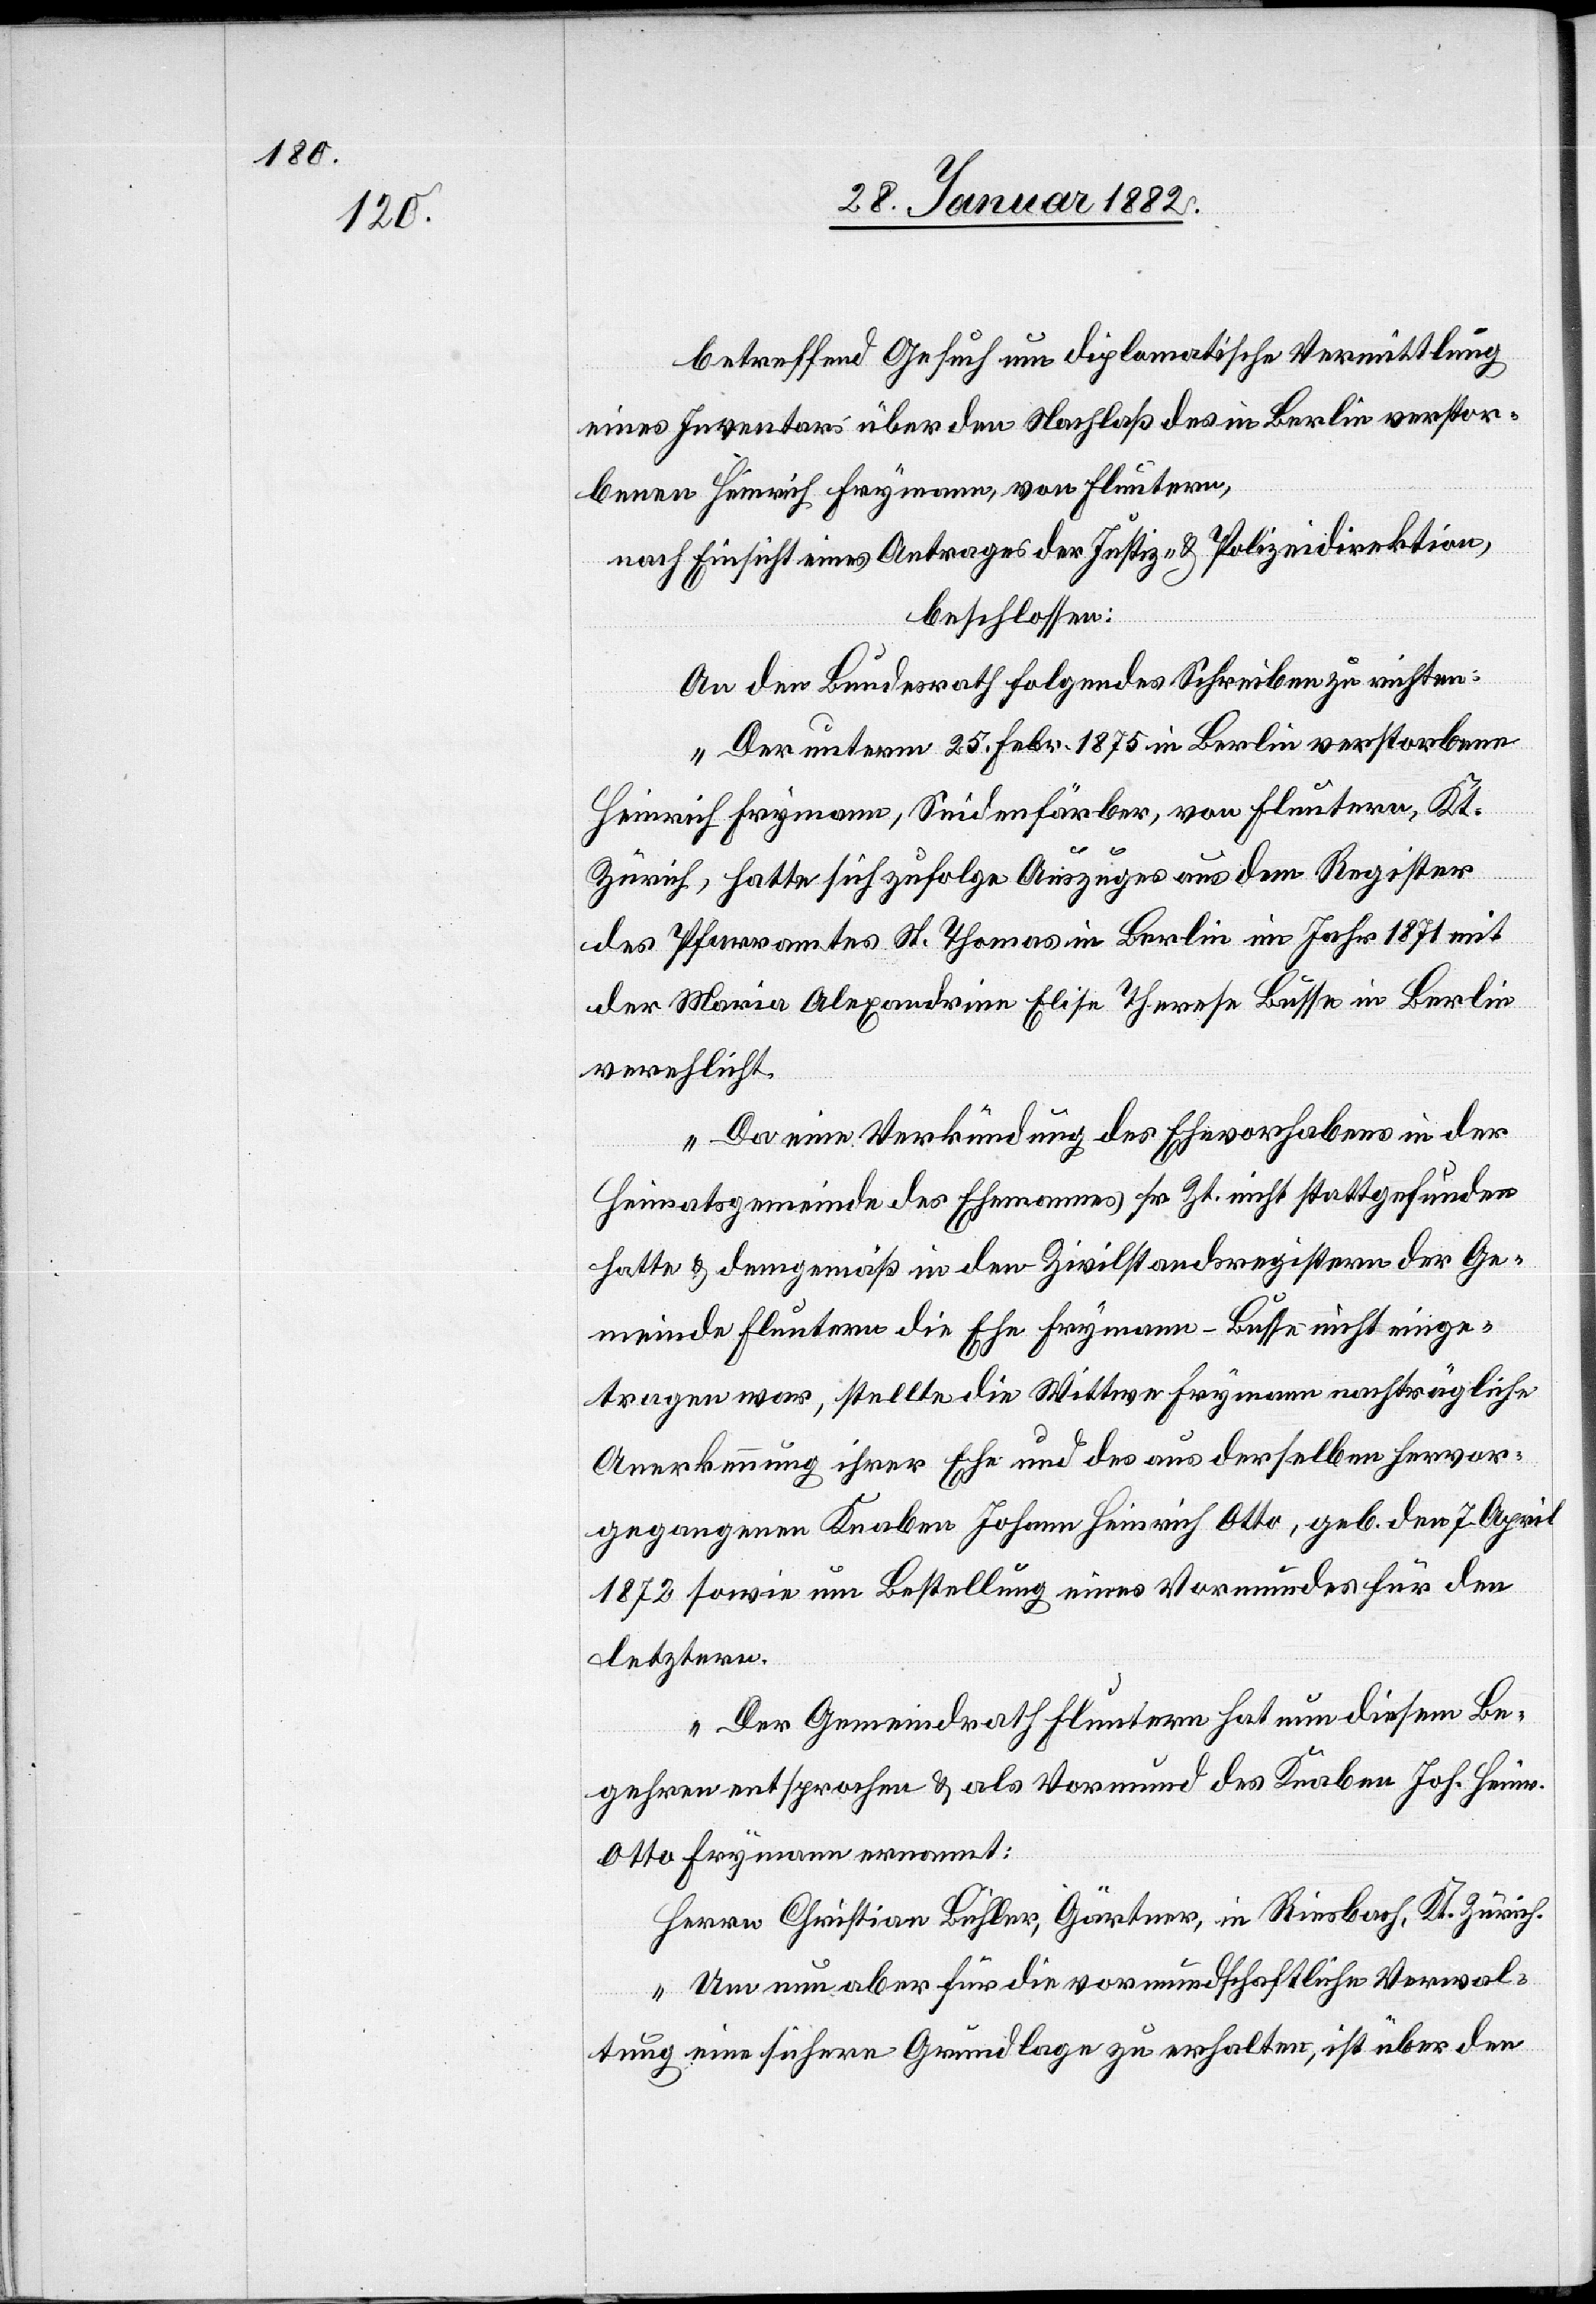
betreffend Gesuch um diplomatische Vermittlung
eines Inventars über den Nachlaß des in Berlin verstor¬
benen Heinrich Frymann, von Fluntern,
nach Einsicht eines Antrages der Justiz- & Polizeidirektion,
beschlossen:
An den Bundesrath folgendes Schreiben zu richten:
„Der unterm 25. Febr. 1875 in Berlin verstorbene
Heinrich Frymann, Seidenfärber, von Fluntern, Kt.
Zürich, hatte sich zufolge Auszuges aus dem Register
des Pfarramtes St. Thomas in Berlin im Jahr 1871 mit
der Maria Alexandrine Elise Theres Busse in Berlin
verehlicht.
Da eine Verkündung des Ehevorhabens in der
Heimatsgemeinde des Ehemannes sr. Zt. nicht stattgefunden
hatte & demgemäß in den Zivilstandregistern der Ge¬
meinde Fluntern die Ehe Frymann-Busse nicht einge¬
tragen war, stellte die Wittwe Frymann nachträglich
Anerkennung ihrer Ehe und des aus derselben hervor¬
gegangenen Knaben Johann Heinrich Otto, geb. den 7. August
1872 sowie um Bestellung eines Vormundes für den
letztern.
Der Gemeindrath Fluntern hat nun diesen Be¬
gehren entsprochen & als Vormund des Knaben Joh. Heinr.
Otto Frymann ernannt:
Herrn Christian Bühler, Gärtner, in Riesbach, Kt. Zürich
Um nun aber für die vormundschaftliche Verwal¬
tung eine sichere Grundlage zu erhalten, ist über den